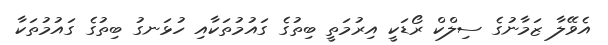
އެވޭލާ ޒަމާނުގެ ސިލްކް ރޯޑަކީ އިރުމަތީ ބިތުގެ ގައުމުތަކާއި ހުޅަނގު ބިތުގެ ގައުމުތަކާ